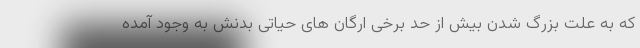
که به علت بزرگ شدن بیش از حد برخی ارگان های حیاتی بدنش به وجود آمده